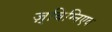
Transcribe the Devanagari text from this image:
ज़्बिग्निएव